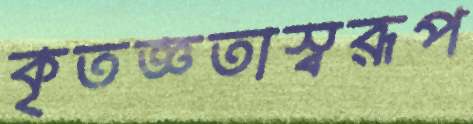
কৃতজ্ঞতাস্বরূপ